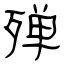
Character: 殚